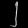
Digit: ၂